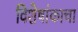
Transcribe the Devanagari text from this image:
विशेषांकाचा